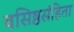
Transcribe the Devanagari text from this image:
वसिष्ठसंहिता